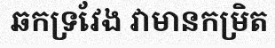
ឆកទ្រវែង វាមានកម្រិត